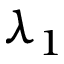
\lambda _ { 1 }